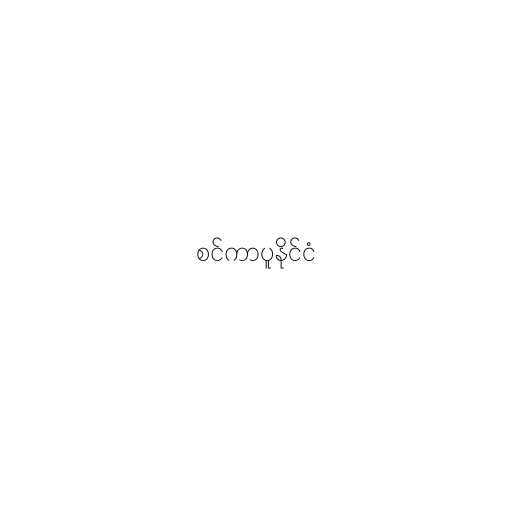
စင်ကာပူနိုင်ငံ